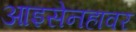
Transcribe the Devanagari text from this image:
आइसेनहावर